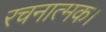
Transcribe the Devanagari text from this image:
रचनात्मक।